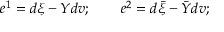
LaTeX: e ^ { 1 } = d \xi - Y d v ; \qquad e ^ { 2 } = d \bar { \xi } - \bar { Y } d v ;